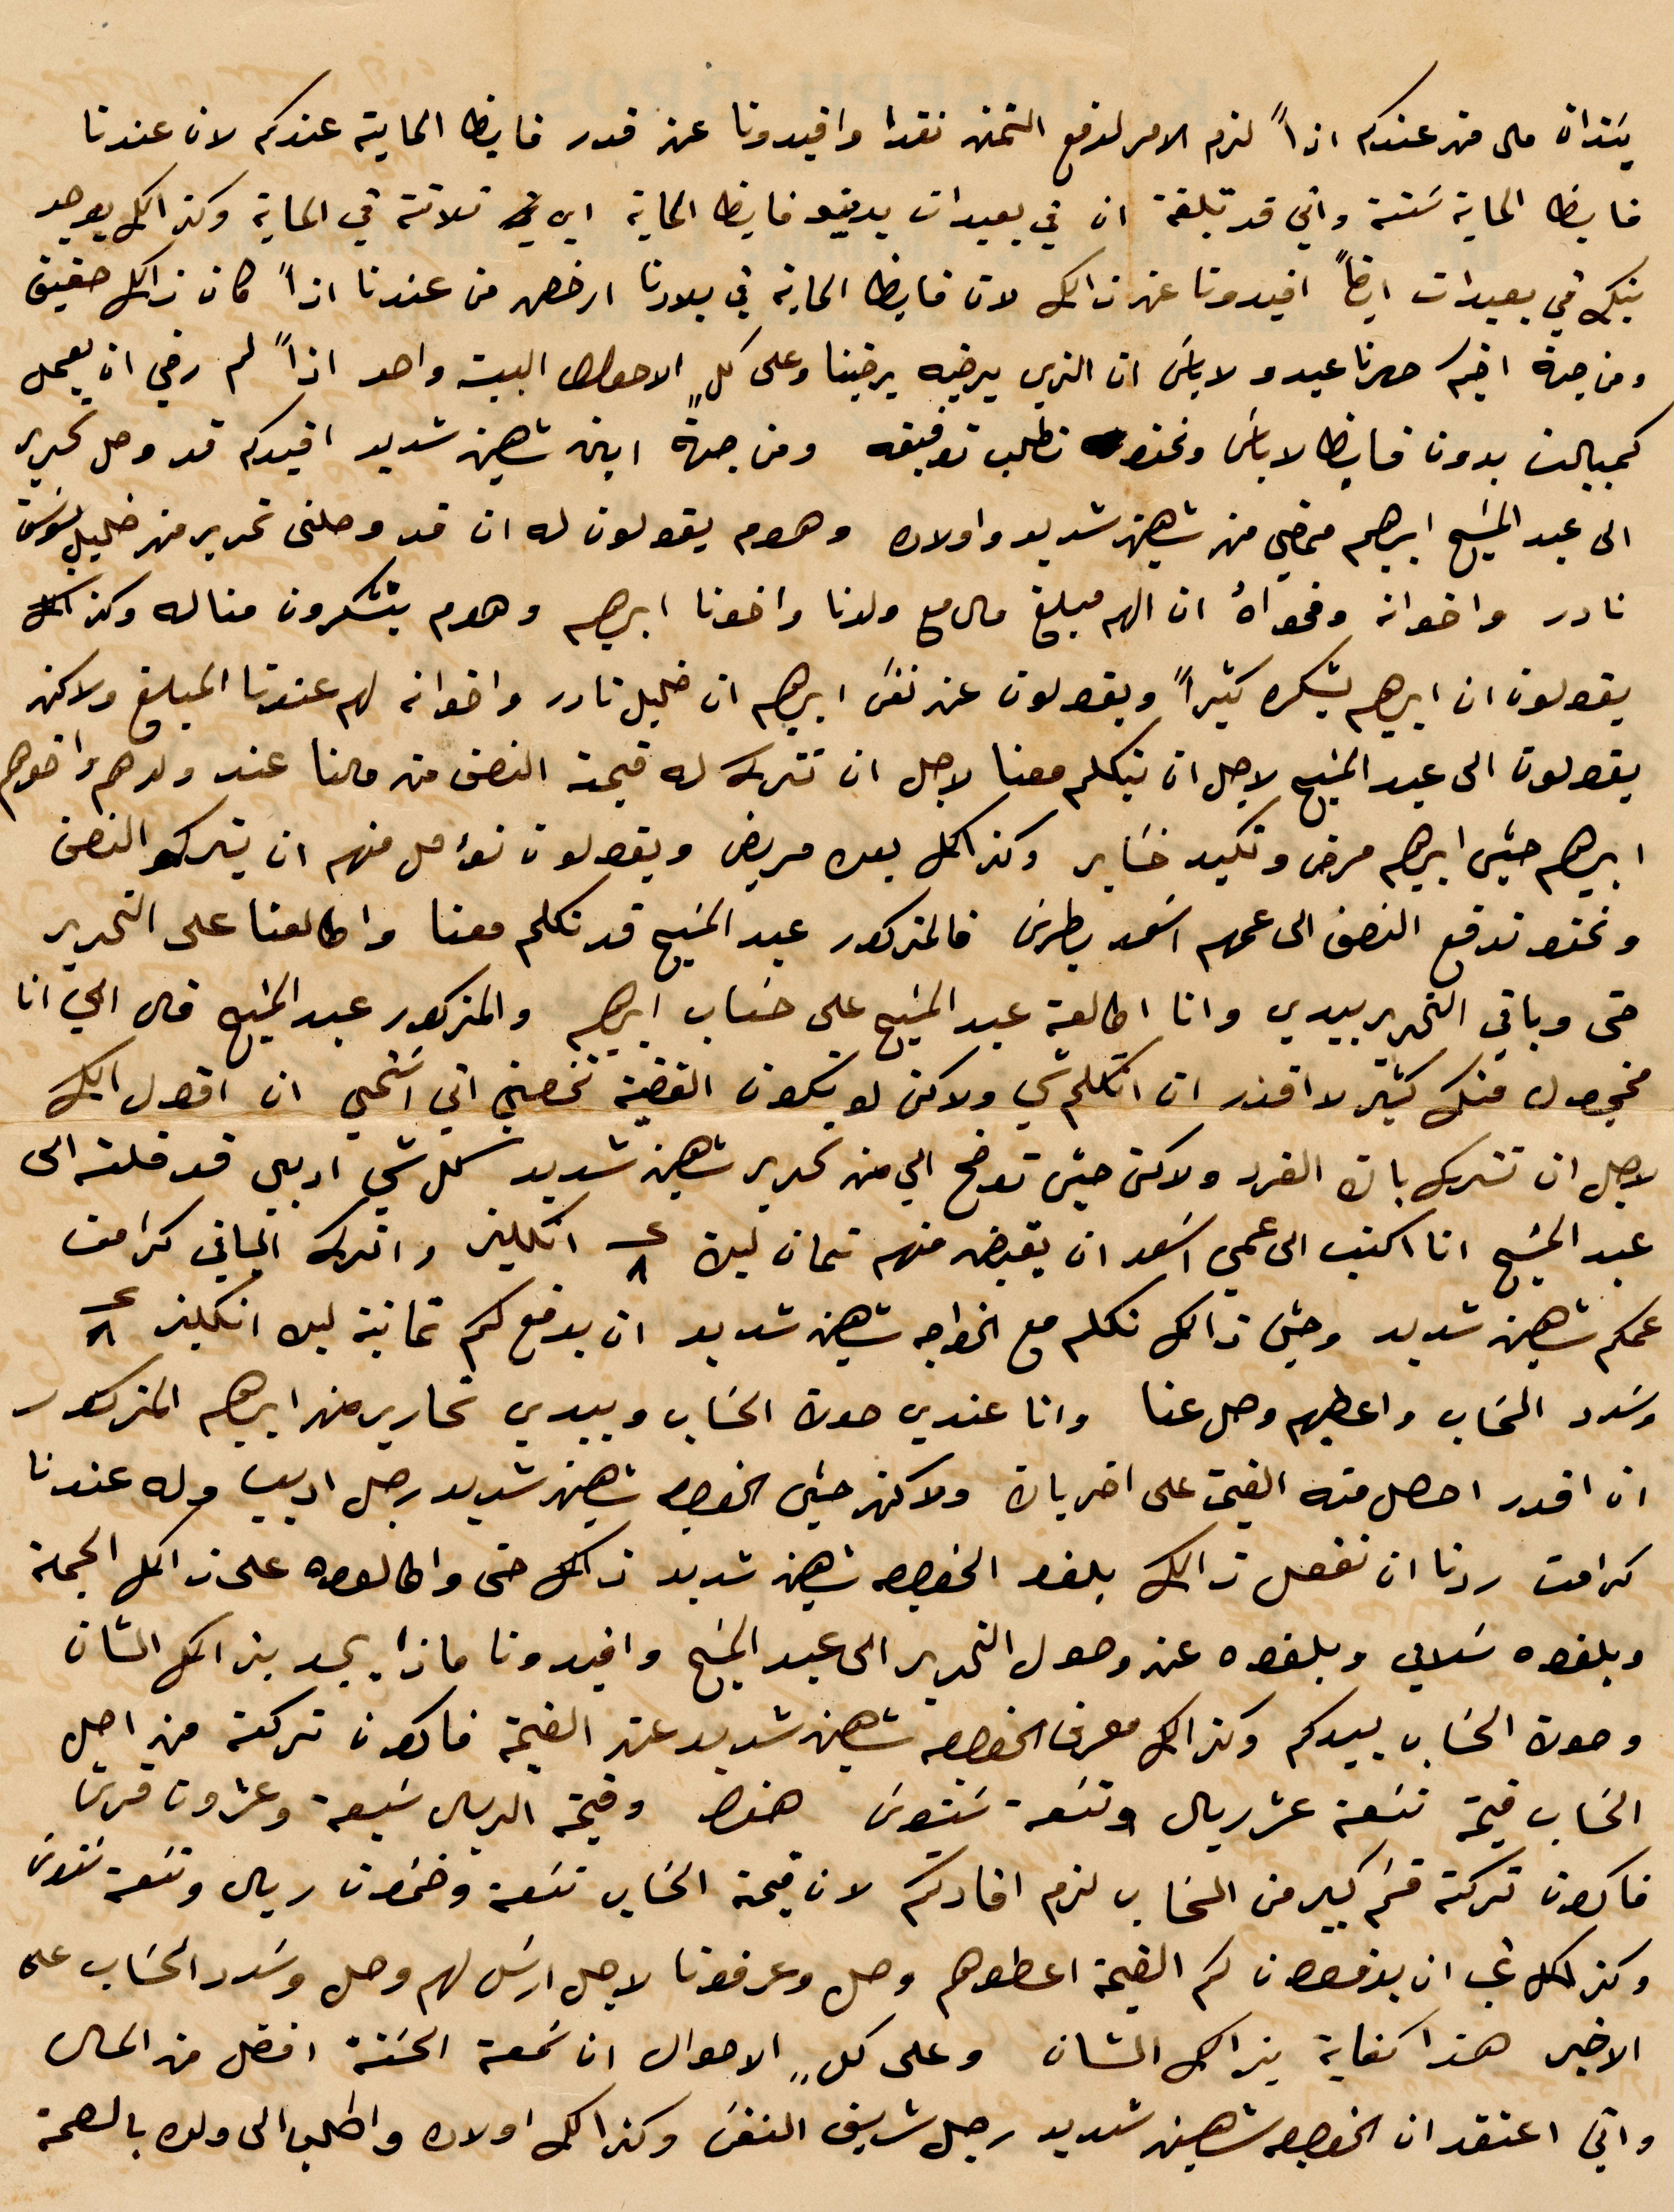
ينذان على من عندكم اذًا لزم الامر لدفع التمن نقدا وافيدونا عن قدر فايظ الماية عندكم لان عندنا
فايظ الماية ستة واتي قد تبلغة ان في بعبدات يدينو فايظ الماية  أي ثلاثة في الماية وكذلك يوجد
افيدونا عن ذلك لان فايظ الماية في بلادنا ارخص من عندنا اذًا كان ذلك حقيق
ومن جهة اخيكم صهرنا عبدو لا بأس ان الذي يرضيه يرضينا وعلى كل الأحوال البيت واحد اذًا لم رضي ان يعمل
كمبيالت بدون فايظ لا بأس ونحن نطلب توقيعه ومن جهة ابن شهين شديد افيدكم قد وصل تحرير
الى عبد المسيح إبراهيم ممضي من شهين شديد وأولاده وهوم يقولون له ان قد وصلني تحرير من خليلي موسى
نادر واخوانه وفحواه ان لهم مبلغ مال مع ولدنا واخوان إبراهيم وهوم يتشكرون مناله وكذلك
يقولون ان إبراهيم يشكره كثيرًا ويقولون عن نفس إبراهيم ان خليل نادر واخوانه لهم عندنا المبلغ ولاكن
يقولون الى عبد المسيح لاجل ان يتكلم معنا لاجل ان تتركه له فيمة النصف من مالنا عند ولدهم واخوهم
ابرهيم حبيش ابرهيم مرض وتمبد خساير وكذلك بعدو مريض ويقولون نؤمل منهم ان يتركو النصف
ونحن ندفع النصف الى عمهم اسعد بطرس فالمذكور عبد المسيح فد تلكم معنا واطالعنا على التحرير
حتى وباقي التحرير بيدي وانا اطالعه عبد المسيح على حساب ابرهيم والمذكور عبد المسيح قال لي انا
مخجول منك مثير لا اقدر ان أتكلم شي ولاكن لو يكون القضية تخصني اني أتمنى ان أقول لك
لاجل ان تترك بال الفرد لاكن حبيش توضح الي من تحرير شهين شديد كل شي ادبي قد قلته الي
 عبد المسيح انا اكتب الى عمي اسعد ان يقبض منهم تمان ليره ٨ انكليز واترك الباقي كرامت
عمكم شهين شديد وحتى ذلك تكلم مع الخواجه شهين شديد ان يدفع كم ثمانية ليره انكليز ٨
وسدد الحساب واعطيهم وصل عنا وانا عندي حدت الحساب وبيدي تحارير من ابرهيم المذكور
ان اقدر احصل منه الفيم على اخريات %% شهين شديد رجل اديب وله عندنا
كرامت ردنا ان نفعل ذلك بنفس الخصوص شهين شديد ذلك حتى واطالووه على ذلك الحجة
وبلغوه سلامي وبلغوه عن وصول التحرير الى عبد المسيح وافيدونا ماذا يجد بين اهل الشأن
وصوت الحساب بيدكمن وكذلك معرف الخصوص شهين شديد عنهم القيمة فاكون تركته من اصل
الحساب قيمة تسعة عشر ريال وتسعة ستون فقط وقيمة الريال سبعة وعشرون قرش
فاكون تركت قسم كبير من الحساب لزم افادتكم لا قيمة الحساب تسعة وخمسون ريال وتسعة وستون
وكذلك نحب ان يدفعون كل القيمة اعطوهم وصل وعرفونا لاجل ارسل لهم وصل وسدد الحساب على
الأخير هذا كفاية بذلك الشن وعلى كل الأحوال ان سمعة الحسنة افضل من المال
واني اعتقد ان الخواجه شهين شديد رجل شريف النفس وكذلك أولاده واطلب الى ولن بالصحة